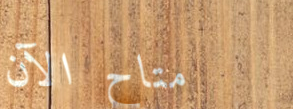
متاح الآن